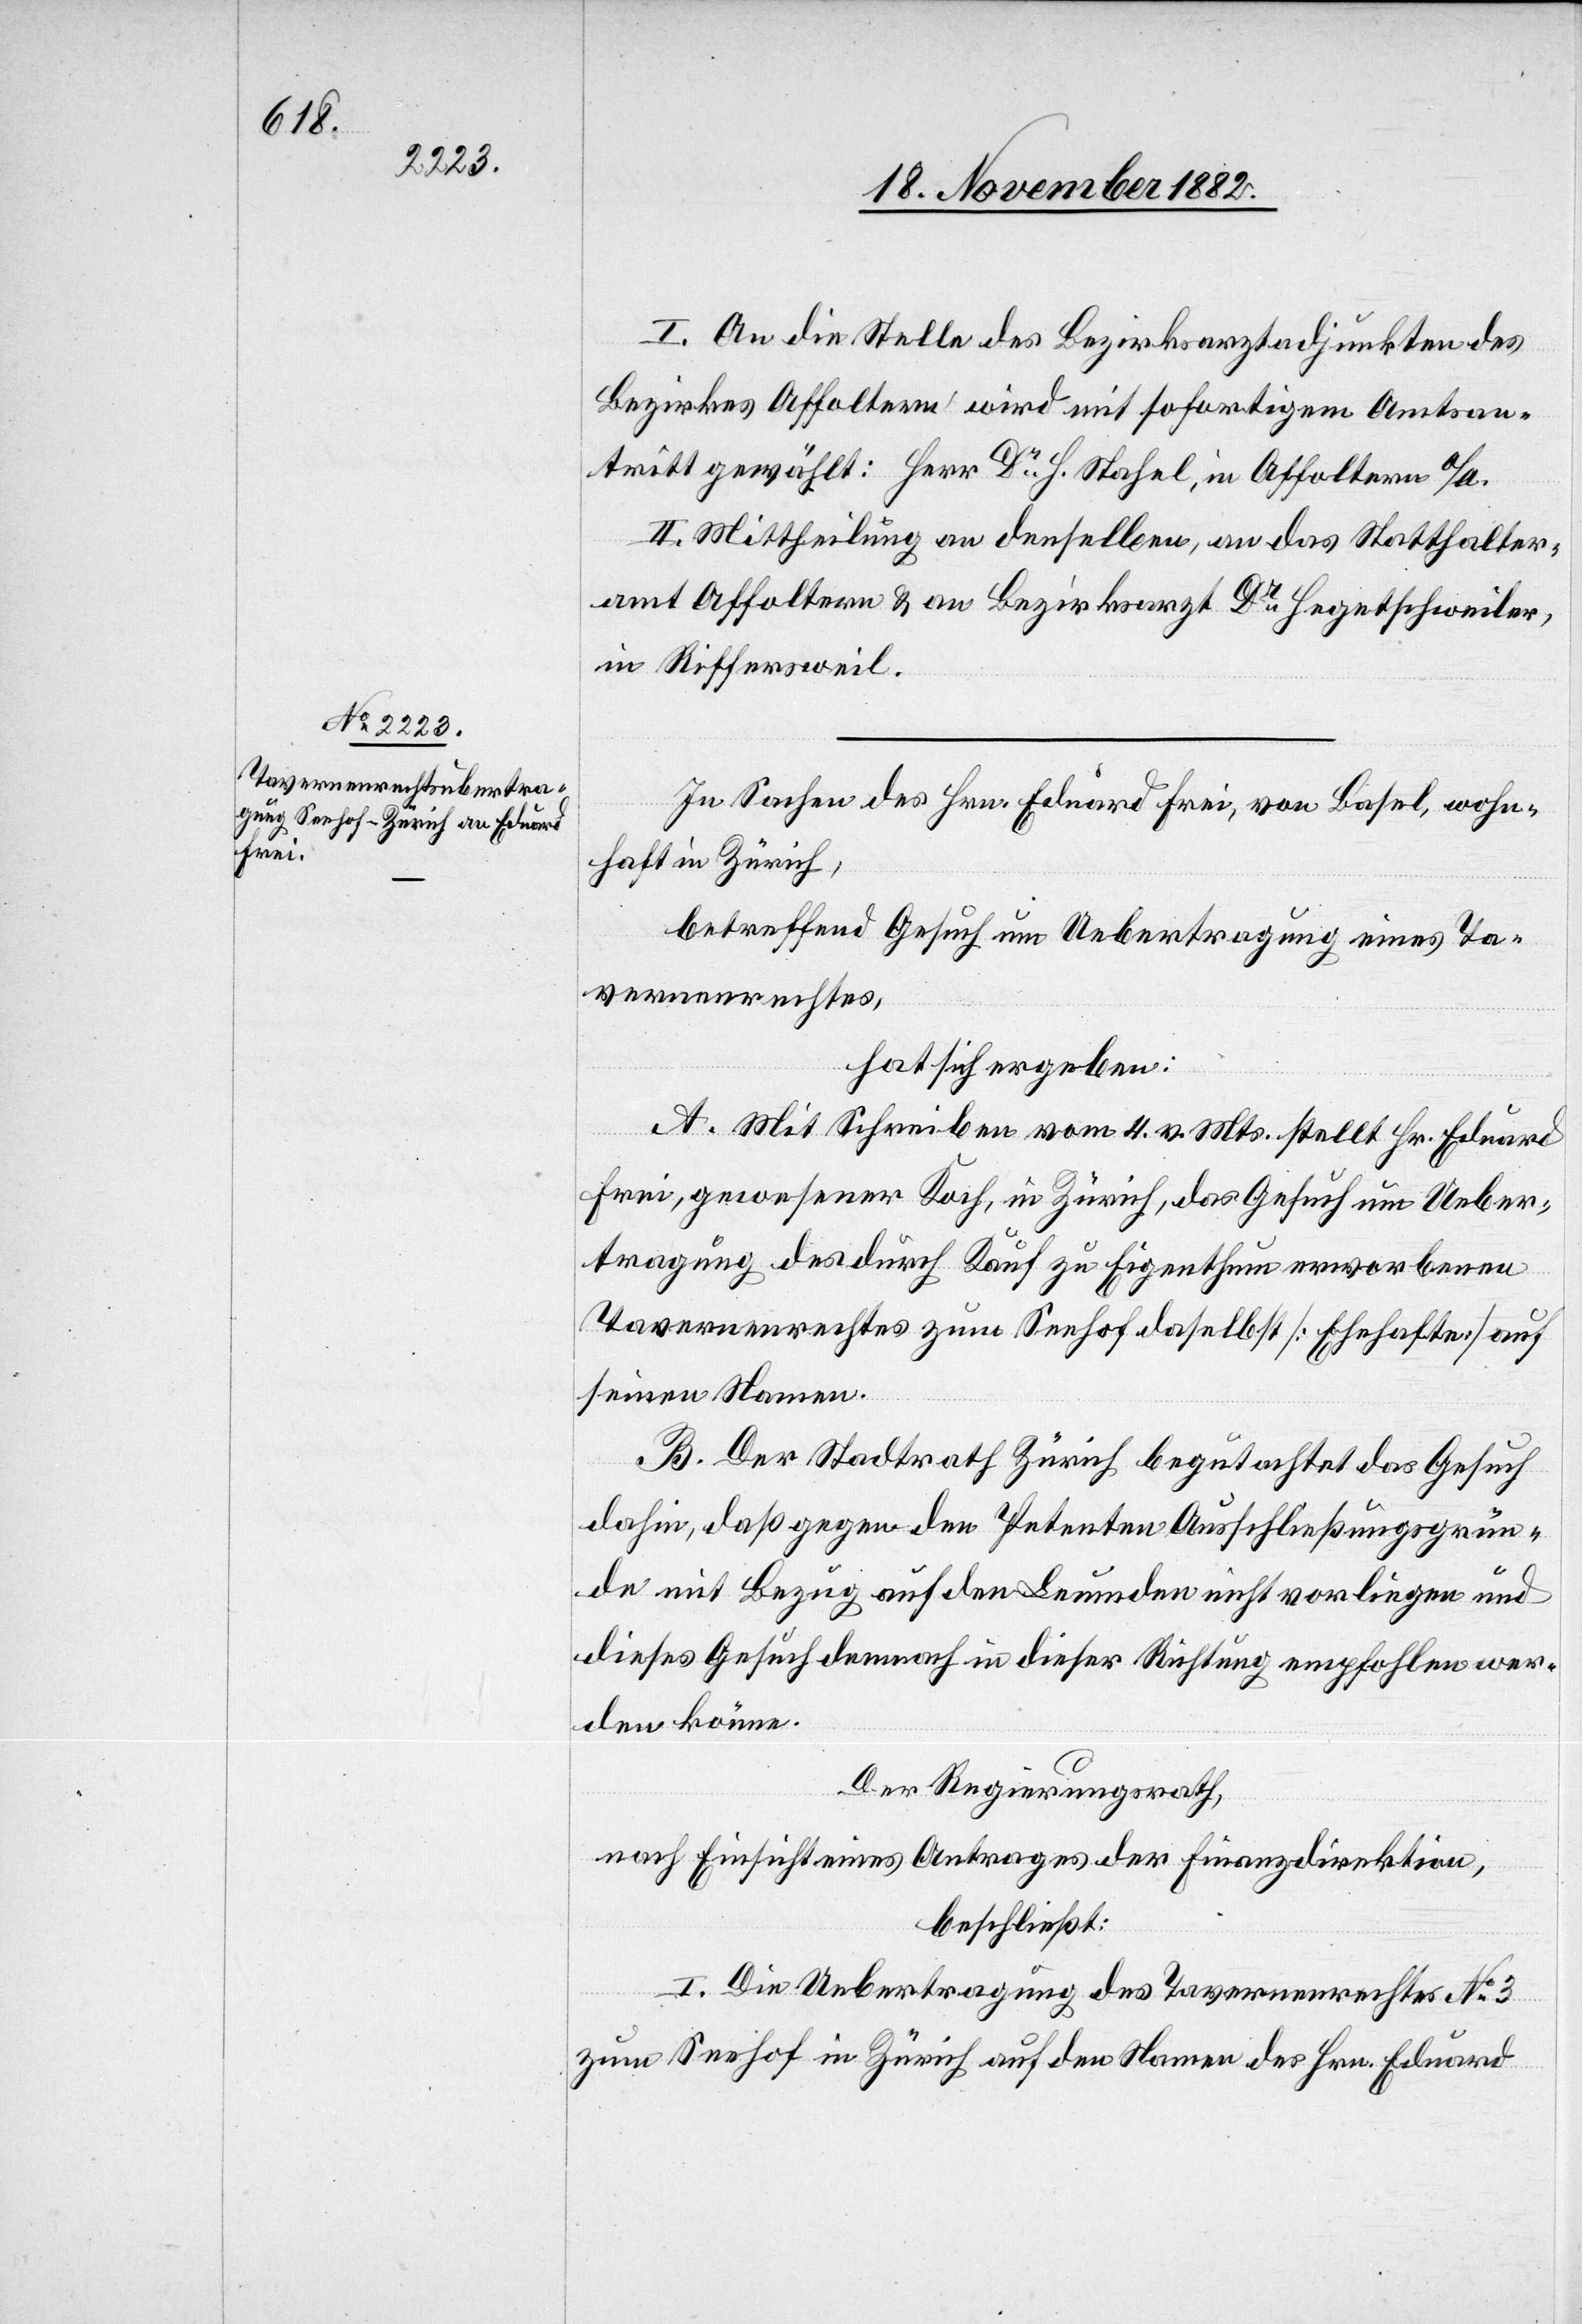
I. An die Stelle des Bezirksarztadjunkten des
Bezirkes Affoltern wird mit sofortigem Amtsan¬
tritt gewählt: Herr Dr Stahel, in Affoltern a/A.
II. Mittheilung an denselben, an das Statthalter¬
amt Affoltern & an Bezirksarzt Dr Hegetschweiler,
in Riffersweil.
In Sachen des Hrn. Eduard Frei, von Basel, wohn¬
haft in Zürich,
betreffend Gesuch um Uebertragung eines Ta¬
vernenrechtes,
hat sich ergeben:
A. Mit Schreiben vom 4. vor. Mts. stellt Hr. Eduard
Frei, gewesener Koch, in Zürich, das Gesuch um Ueber¬
tragung des durch Kauf zu Eigenthum erworbenen
Tavernenrechtes zum Seehof daselbst [Ehehaften] auf
seinen Namen.
B. Der Stadtrath Zürich begutachtet das Gesuch
dahin, daß gegen den Petenten Ausschließungsgrün¬
de mit Bezug auf den Leumnden nicht vorliegen und
dieses Gesuch demnach in dieser Richtung empfohlen wer¬
den könne.
Der Regierungsrath,
nach Einsicht eines Antrages der Finanzdirektion,
beschließt:
I. Die Uebertragung des Tavernenrechtes No 3
zum Seehof in Zürich auf den Namen des Hrn. Eduard